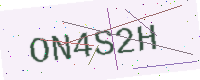
Text: ON4S2H